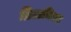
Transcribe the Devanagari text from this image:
ब्रिटानिक्स